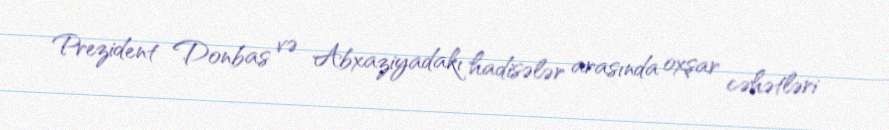
Prezident Donbas və Abxaziyadakı hadisələr arasında oxşar cəhətləri